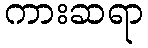
ကားဆရာ